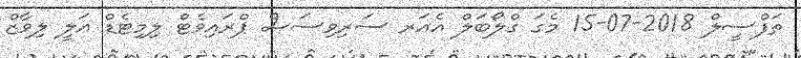
ތަފްސީލް 2018-07-15 މެގަ ގްލޯބަލް އެއަރ ސަރިވިސަސް ޕްރައިވެޓް ލިމިޓެޑް ޢަލީ ލިވާޒް